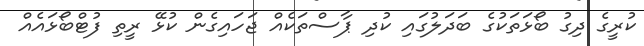
ކުރީގެ ދިގު ބޯޅަތަކުގެ ބަދަލުގައި ކުދި ޕާސްތަކެއް ޖަހައިގެން ކުޅޭ ރީތި ފުޓްބޯޅައެއް